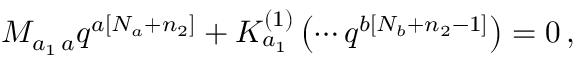
M _ { a _ { 1 } \, a } q ^ { a \left[ N _ { a } + n _ { 2 } \right] } + K _ { a _ { 1 } } ^ { \left( 1 \right) } \left( \cdots q ^ { b \left[ N _ { b } + n _ { 2 } - 1 \right] } \right) = 0 \, ,